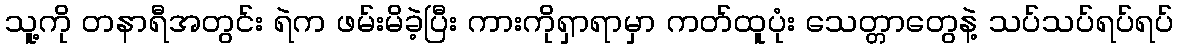
သူ့ကို တနာရီအတွင်း ရဲက ဖမ်းမိခဲ့ပြီး ကားကိုရှာရာမှာ ကတ်ထူပုံး သေတ္တာတွေနဲ့ သပ်သပ်ရပ်ရပ်